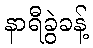
နာရီခွဲခန့်